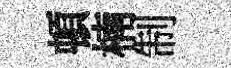
頓楠制